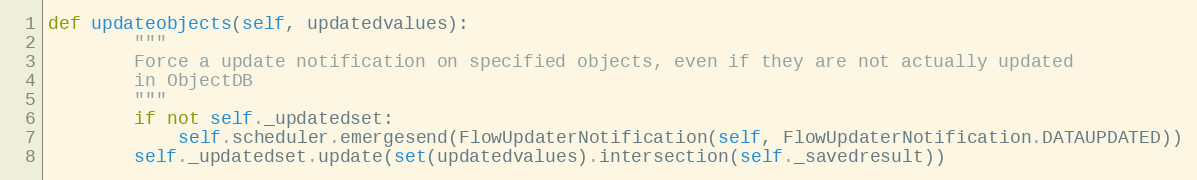
Language: Python
def updateobjects(self, updatedvalues):
        """
        Force a update notification on specified objects, even if they are not actually updated
        in ObjectDB
        """
        if not self._updatedset:
            self.scheduler.emergesend(FlowUpdaterNotification(self, FlowUpdaterNotification.DATAUPDATED))
        self._updatedset.update(set(updatedvalues).intersection(self._savedresult))